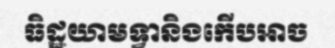
ធិដ្ឋយាមទ្វានិងកើបអាច